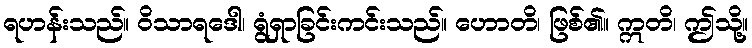
ရဟန်းသည်။ ဝိသာရဒေါ၊ ရွံရှာခြင်းကင်းသည်။ ဟောတိ၊ ဖြစ်၏။ ဣတိ၊ ဤသို့။